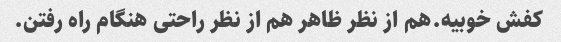
کفش خوبیه.هم از نظر ظاهر هم از نظر راحتی هنگام راه رفتن.